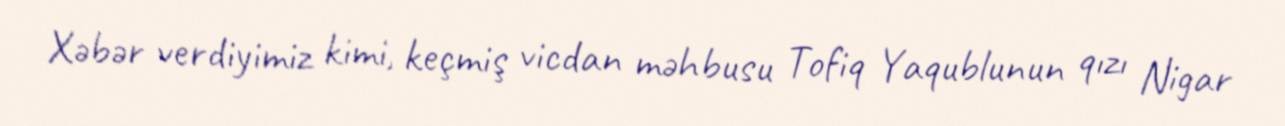
Xəbər verdiyimiz kimi, keçmiş vicdan məhbusu Tofiq Yaqublunun qızı Nigar